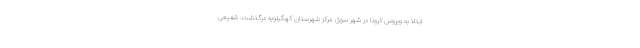
ابتلا به ویروس کرونا در شهر سوق مرکز شهرستان کهگیلویه درگذشت. شفیعی